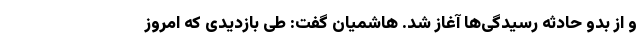
و از بدو حادثه رسیدگی‌ها آغاز شد. هاشمیان گفت: طی بازدیدی که امروز